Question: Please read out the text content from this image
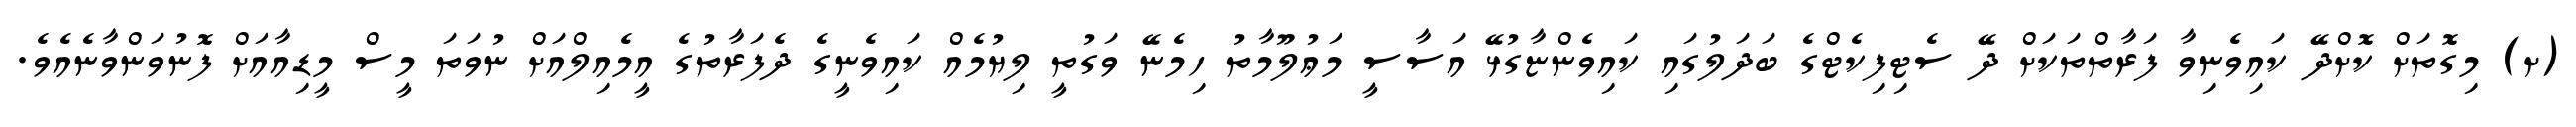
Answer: (ށ) މިގޮތަށް ކޮށްދޭ ކައިވެނިވާ ފަރާތްތަކަށް ދޭ ސެޓިފިކެޓްގެ ބަދަލުގައި ކައިވެންޏާގުޅޭ އަސާސީ މަޢުލޫމާތު ހިމެނޭ ވަގުތީ ލިޔުމެއް ކައިވެނީގެ ދެފަރާތުގެ އީމެއިލްއަށް ނުވަތަ މީސް މީޑިއާއަށް ފޮނުވަންވާނެއެވެ.